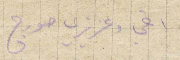
اخي وعزيزي جورج